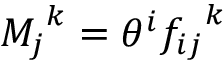
{ M _ { j } } ^ { k } = \theta ^ { i } { f _ { i j } } ^ { k }